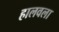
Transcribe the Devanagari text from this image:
हालवला